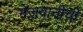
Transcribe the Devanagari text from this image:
मेजवानीची